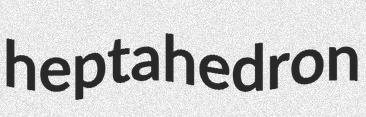
heptahedron